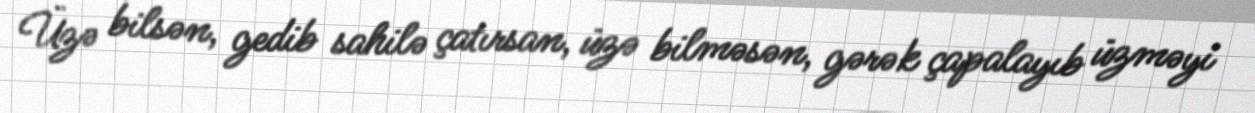
Üzə bilsən, gedib sahilə çatırsan, üzə bilməsən, gərək çapalayıb üzməyi